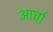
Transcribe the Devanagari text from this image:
आर्चा